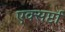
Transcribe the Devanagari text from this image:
एक्सर्प्टा